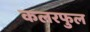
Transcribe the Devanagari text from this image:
कलरफुल